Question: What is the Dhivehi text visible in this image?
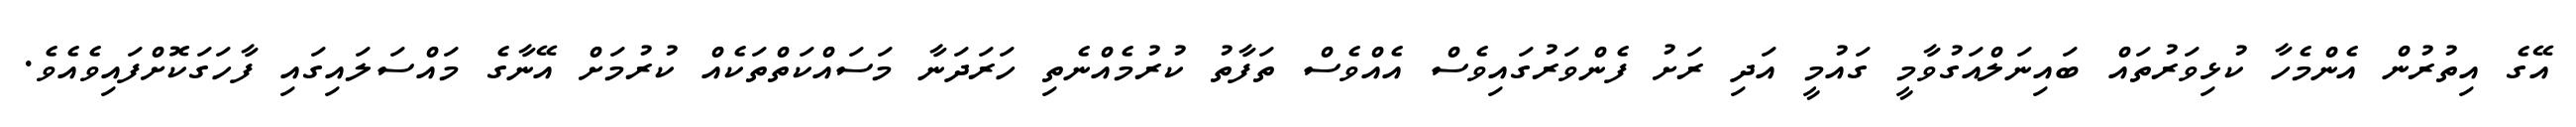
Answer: އޭގެ އިތުރުން އެންމެހާ ކުޅިވަރުތައް ބައިނަލްއަގުވާމީ ގައުމީ އަދި ރަށު ފެންވަރުގައިވެސް އެއްވެސް ތަފާތު ކުރުމެއްނެތި ހަރަދަނާ މަސައްކަތްތަކެއް ކުރުމަށް އޭނާގެ މައްސަލައިގައި ފާހަގަކޮށްފައިވެއެވެ.